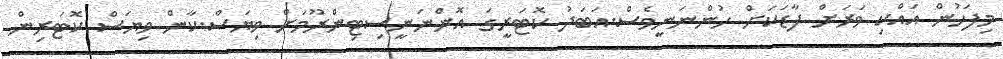
މިފަހުން އައްކި ވަރަށް ފާޑަކަށް ހުންނަނީވެސް.އަބަދު ކޮޓަރީގަ އޮންނަނީސިޓިންރޫމަށް ވިޔަސް.ކާން ވިޔަސް ކޮޓަރިން